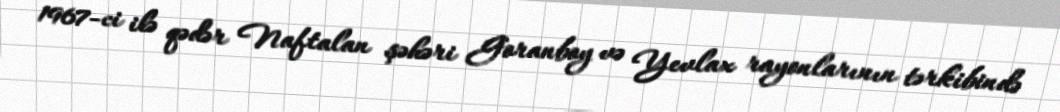
1967-ci ilə qədər Naftalan şəhəri Goranboy və Yevlax rayonlarının tərkibində